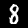
Digit: 8